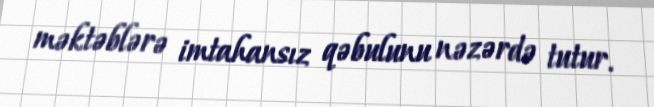
məktəblərə imtahansız qəbulunu nəzərdə tutur.